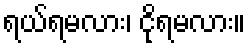
ရယ်ရမလား၊ ငိုရမလား။